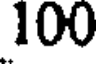
100